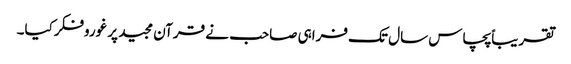
تقریباًپچاس سال تک فراہی صاحب نے قرآن مجید پر غوروفکرکیا۔